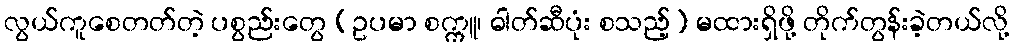
လွယ်ကူစေတတ်တဲ့ ပစွည်းတွေ (ဥပမာ စက္ကူ၊ ဓါတ်ဆီပုံး စသည့်) မထားရှိဖို့ တိုက်တွန်းခဲ့တယ်လို့